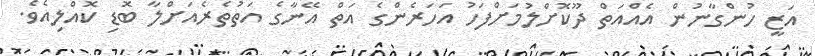
އަޒީ ހުންގާނުން އެއްއަތް ދޫކޮށްލުމަށްފަހު އަހަރެންގެ އަތް އޭނާގެ އަތުތެރެއަށްލާ ބޮޑި ކޮއްލިއެވެ.